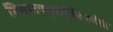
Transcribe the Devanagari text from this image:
शिक्षणपद्धतीविषयीचे